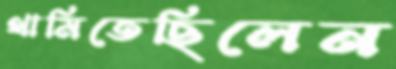
থামিতেছিলেন